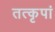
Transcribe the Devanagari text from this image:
तत्कृपां